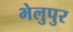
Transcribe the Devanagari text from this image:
भेलुपुर